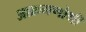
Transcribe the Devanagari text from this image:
आक्रमणोथी